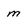
Character: m